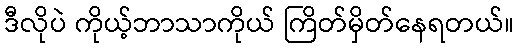
ဒီလိုပဲ ကိုယ့်ဘာသာကိုယ် ကြိတ်မှိတ်နေရတယ်။